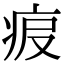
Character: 𤵧